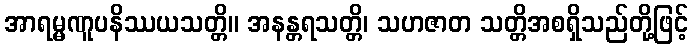
အာရမ္မဏူပနိဿယသတ္တိ။ အနန္တရသတ္တိ၊ သဟဇာတ သတ္တိအစရှိသည်တို့ဖြင့်